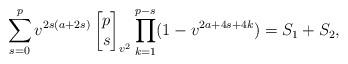
LaTeX: \begin{align*} \sum_{s=0}^p v^{2s(a+2s)}\begin{bmatrix}p\\s\end{bmatrix}_{v^2} \prod_{k=1}^{p-s} (1-v^{2a+4s+4k}) =S_1 +S_2, \end{align*}